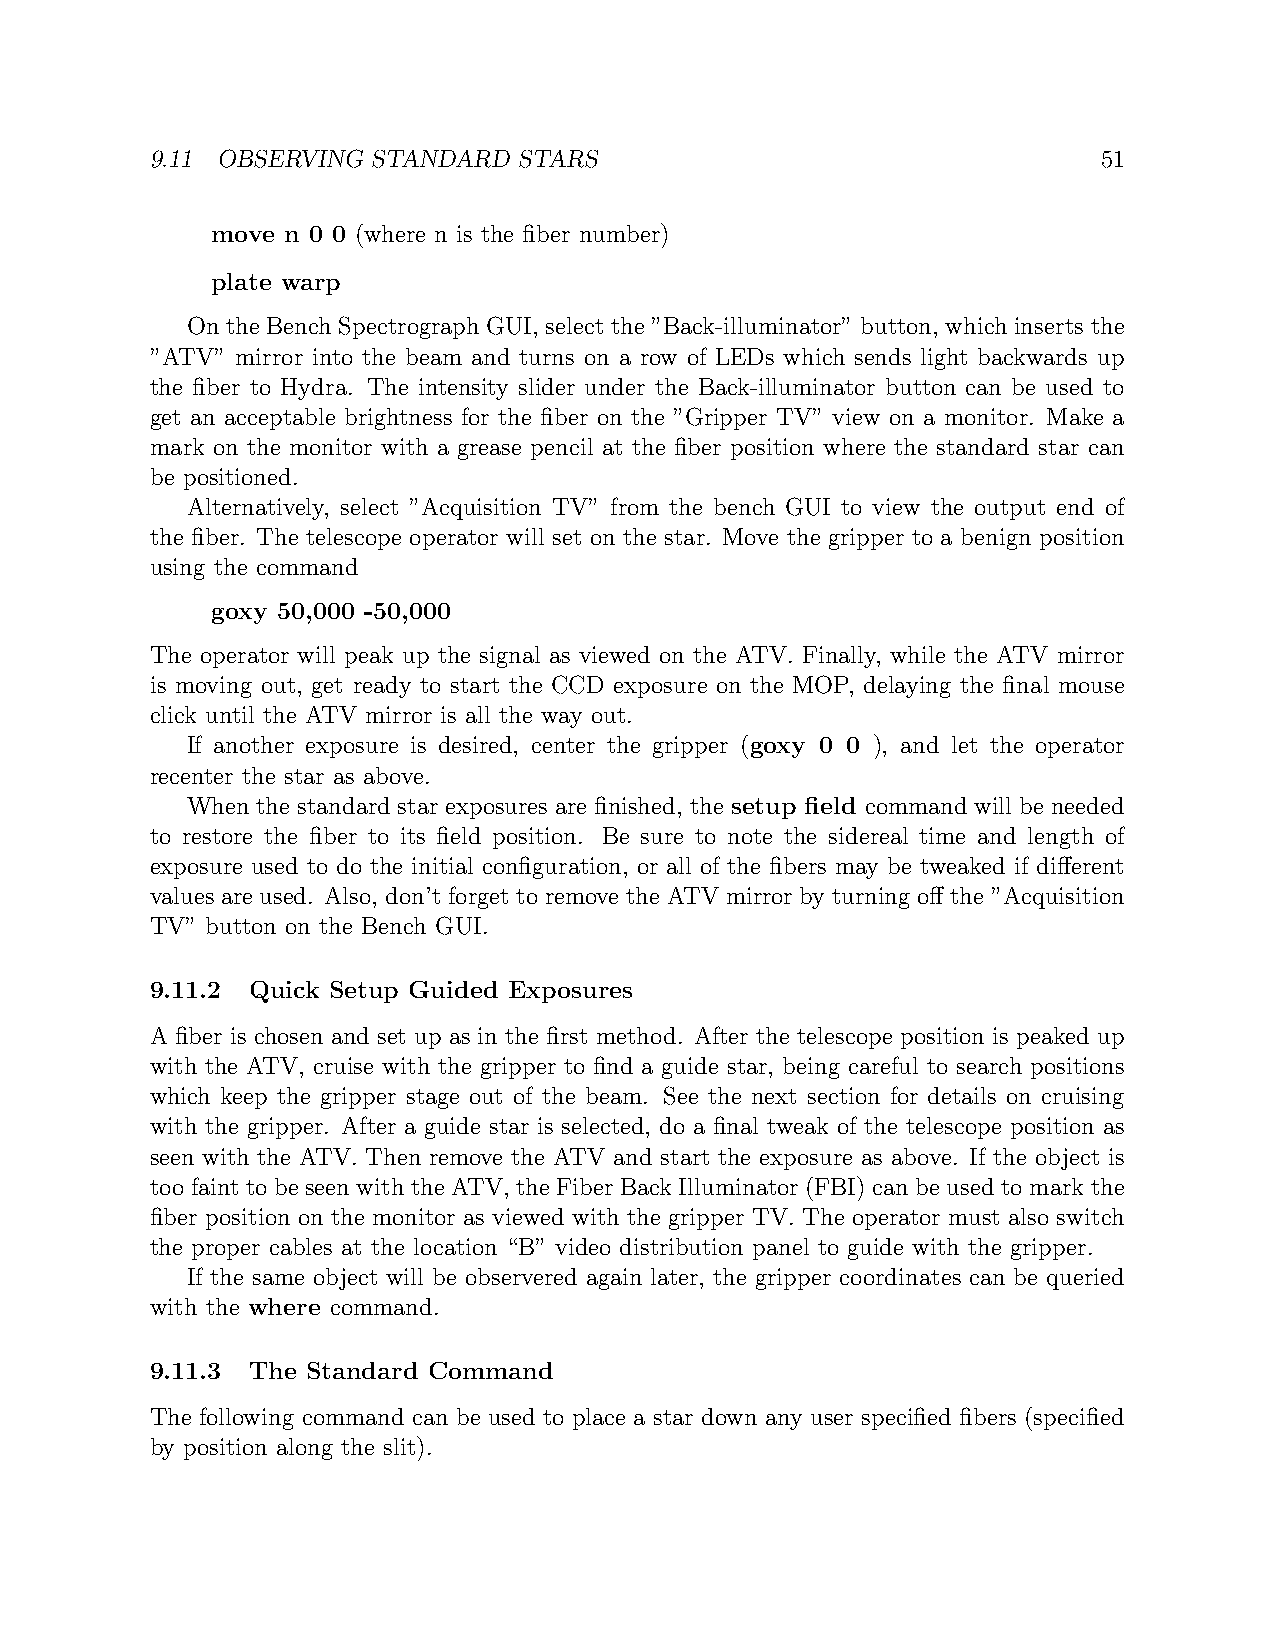
9.11 OBSERVING STANDARD STARS                                  51
 move n 0 0 (where n is the fiber number)
 plate warp
 On the Bench Spectrograph GUI, select the ”Back-illuminator” button, which inserts the
 ”ATV” mirror into the beam and turns on a row of LEDs which sends light backwards up
 the fiber to Hydra. The intensity slider under the Back-illuminator button can be used to
 get an acceptable brightness for the fiber on the ”Gripper TV” view on a monitor. Make a
 mark on the monitor with a grease pencil at the fiber position where the standard star can
 be positioned.
 Alternatively, select ”Acquisition TV” from the bench GUI to view the output end of
 the fiber. The telescope operator will set on the star. Move the gripper to a benign position
 using the command
 goxy 50,000 -50,000
 The operator will peak up the signal as viewed on the ATV. Finally, while the ATV mirror
 is moving out, get ready to start the CCD exposure on the MOP, delaying the final mouse
 click until the ATV mirror is all the way out.
 If another exposure is desired, center the gripper (goxy 0 0 ), and let the operator
 recenter the star as above.
 When the standard star exposures are finished, the setup field command will be needed
 to restore the fiber to its field position. Be sure to note the sidereal time and length of
 exposure used to do the initial configuration, or all of the fibers may be tweaked if different
 values are used. Also, don’t forget to remove the ATV mirror by turning off the ”Acquisition
 TV” button on the Bench GUI.
 9.11.2 Quick Setup Guided Exposures
 A fiber is chosen and set up as in the first method. After the telescope position is peaked up
 with the ATV, cruise with the gripper to find a guide star, being careful to search positions
 which keep the gripper stage out of the beam. See the next section for details on cruising
 with the gripper. After a guide star is selected, do a final tweak of the telescope position as
 seen with the ATV. Then remove the ATV and start the exposure as above. If the object is
 too faint to be seen with the ATV, the Fiber Back Illuminator (FBI) can be used to mark the
 fiber position on the monitor as viewed with the gripper TV. The operator must also switch
 the proper cables at the location “B” video distribution panel to guide with the gripper.
 If the same object will be observered again later, the gripper coordinates can be queried
 with the where command.
 9.11.3 The Standard Command
 The following command can be used to place a star down any user specified fibers (specified
 by position along the slit).